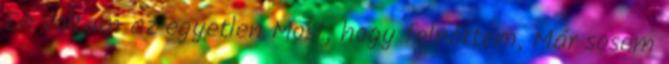
Én voltam az egyetlen Most, hogy felnőttem, Már sosem